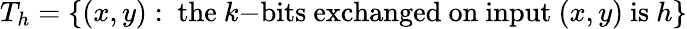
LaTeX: T_{h}=\{ (x,y):{\mathrm{~the~}}k{\mathrm{-bits~exchanged~on~input~}}(x,y){\mathrm{~is~}}h\}